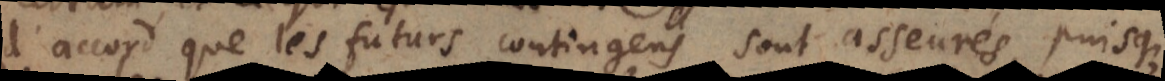
d’accord que les futurs contingens sont asseurés, puisque